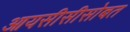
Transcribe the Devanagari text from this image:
आयसीसीसोबत